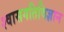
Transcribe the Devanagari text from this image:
श्वासगतिविज्ञान